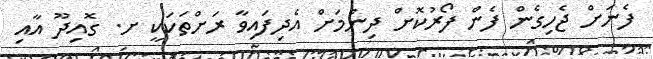
ފެނަށް ޖެހިގެން ފެން ފޯރުކޮށް ދިނުމަށް އެދިފައިވާ ރަށްތަކަކީ ށ. ގޮއިދޫ އާއި